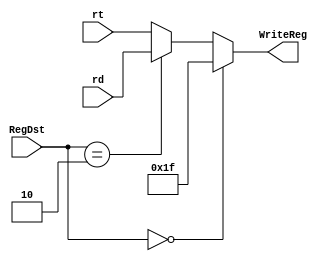
`timescale 1ns / 1ps


module WriteRegSrc(
    input [4:0] rt,
    input [4:0] rd,
    input [1:0] RegDst,
    output wire [4:0] WriteReg
    );

    assign WriteReg = RegDst==0?5'b11111:(RegDst==2?rd:rt);

endmodule